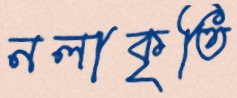
নলাকৃতি